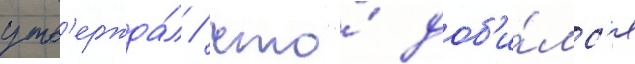
утв'ержда́л / что́ доб'и́лс'я